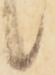
候